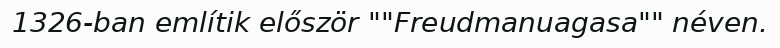
1326-ban említik először ""Freudmanuagasa"" néven.